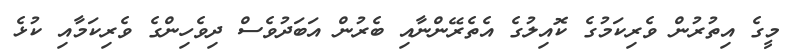
މީގެ އިތުރުން ވެރިކަމުގެ ކޮއިލުގެ އެތެރޭންނާއި ބެރުން އަބަދުވެސް ދިވެހިންގެ ވެރިކަމާއި ކުޅެ